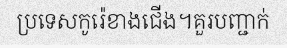
ប្រទេសកូរ៉េខាងជើង។គួរបញ្ជាក់